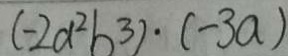
( - 2 a ^ { 2 } b ^ { 3 } ) \cdot ( - 3 a )